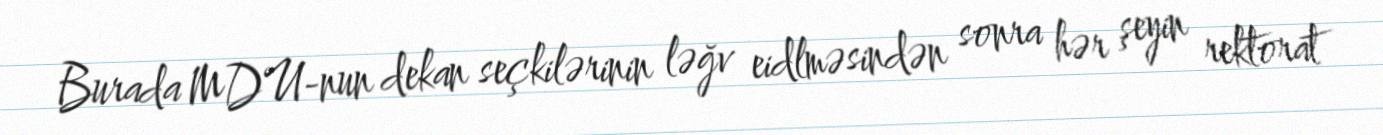
Burada MDU-nun dekan seçkilərinin ləğv eidlməsindən sonra hər şeyin rektorat